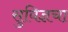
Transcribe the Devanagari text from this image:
सुविज्ञचा